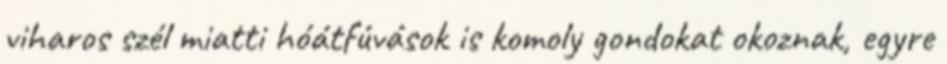
viharos szél miatti hóátfúvások is komoly gondokat okoznak, egyre